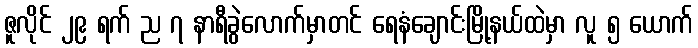
ဇူလိုင် ၂၉ ရက် ည ၇ နာရီခွဲလောက်မှာတင် ရေနံချောင်းမြို့နယ်ထဲမှာ လူ ၅ ယောက်